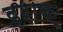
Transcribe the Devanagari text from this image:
इराक़्